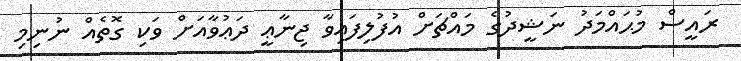
ރައީސް މުޙައްމަދު ނަޝީދުގެ މައްޗަށް އުފުލިފައިވާ ޖިނާޢީ ދަޢުވާއަށް ވަކި ގޮތެއް ނުނިމި